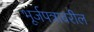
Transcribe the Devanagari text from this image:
भूर्जपत्रावरील